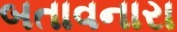
બતાવનારા